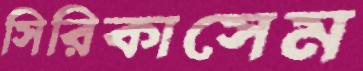
সিরিকাসেম